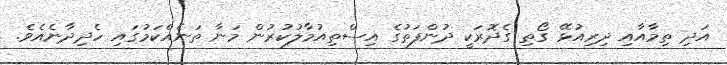
އަދި ތިމާއާއި ދިރިއުޅޭ ގޯތި ގެދޮރަކީ ދުންފަތުގެ އިސްތިއުމާލުކުރުން މަނާ ތަނެއްކަމުގައި ހެދިދާނެއެވެ.